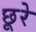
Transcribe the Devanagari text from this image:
छूरे